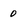
Character: 0